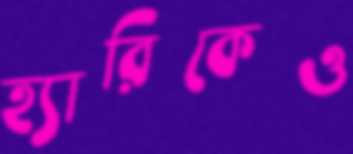
হ্যারিকেও